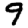
Digit: 9